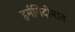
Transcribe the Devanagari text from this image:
हर्मगिदोनात